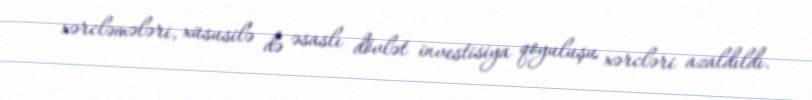
xərcləmələri, xüsusilə də əsaslı dövlət investisiya qoyuluşu xərcləri azaldıldı.